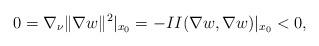
LaTeX: \begin{align*}0= \nabla_{\nu} \|\nabla w\|^2 |_{x_0} = -II(\nabla w,\nabla w)|_{x_0} < 0,\end{align*}